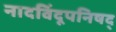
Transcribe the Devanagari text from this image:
नादविंदूपनिषद्